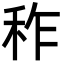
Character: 秨